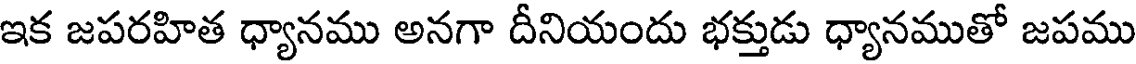
ఇక జపరహిత ధ్యానము అనగా దీనియందు భక్తుడు ధ్యానముతో జపము